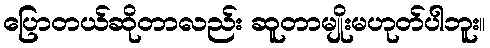
ပြောတယ်ဆိုတာလည်း ဆူတာမျိုးမဟုတ်ပါဘူး။